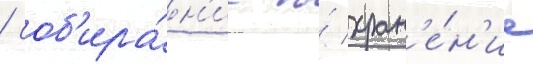
/ соб'ира́н'ие и́ хран'е́н'ие